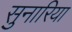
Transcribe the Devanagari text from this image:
सुनारिया